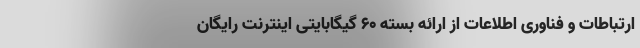
ارتباطات و فناوری اطلاعات از ارائه بسته ۶۰ گیگابایتی اینترنت رایگان